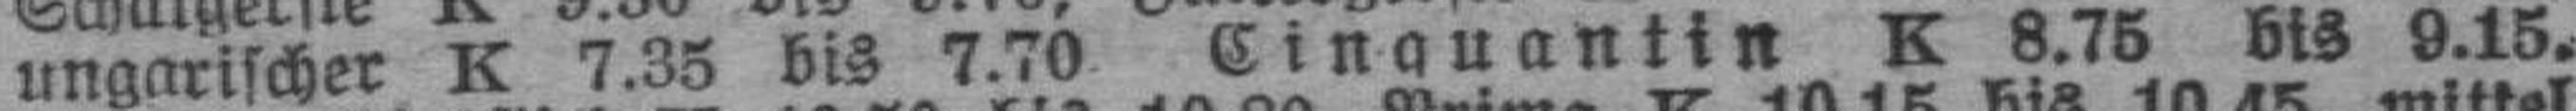
ungarischer K 7.35 bis 7.70 Cinguantin K 8.75 bis 9.15.